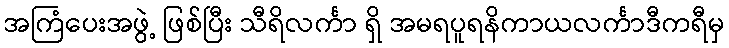
အကြံပေးအဖွဲ့ ဖြစ်ပြီး သီရိလင်္ကာ ရှိ အမရပူရနိကာယလင်္ကာဒီကရီမှ